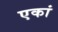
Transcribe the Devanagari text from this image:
एकां